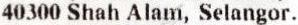
40300 SHAH ALAM, SELANGOR.